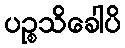
ပဉ္စသိခေါပိ